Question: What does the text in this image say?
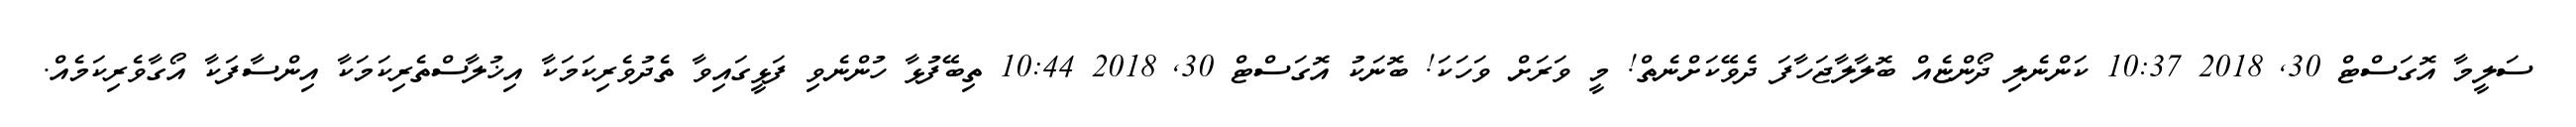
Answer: ސަލީމާ އޮގަސްޓް 30, 2018 10:37 ކަންނެލި ދޯންޏެއް ބޮލާލާޖަހާފަ ދެވޭކަށްނެތް! މީ ވަރަށް ވަހަކަ! ބޮނަކު އޮގަސްޓް 30, 2018 10:44 ތިބޭފުޅާ ހުންނެވި ފަޅީގައިވާ ތެދުވެރިކަމަކާ އިޚުލާސްތެރިކަމަކާ އިންސާފަކާ އޯގާވެރިކަމެއް.